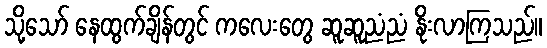
သို့သော် နေထွက်ချိန်တွင် ကလေးတွေ ဆူဆူညံညံ နိုးလာကြသည်။